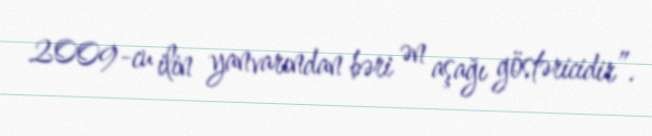
2009-cu ilin yanvarından bəri ən aşağı göstəricidir”.